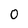
Character: 0